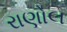
રાણોલ